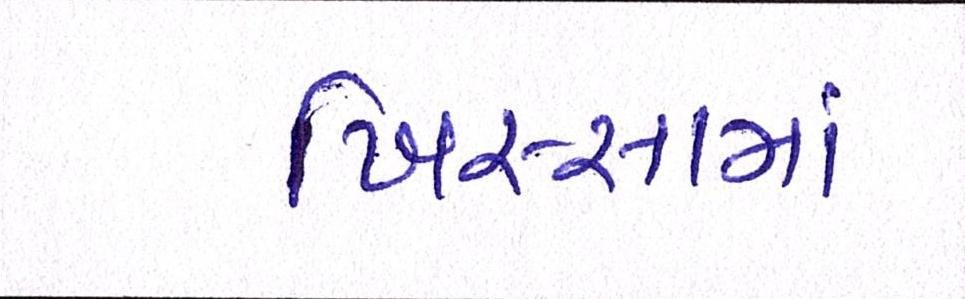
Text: ખિસ્સામાં